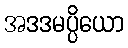
အဒဒမပ္ပိယော